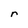
Character: r